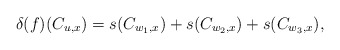
\begin{align*}\delta(f)(C_{u,x}) = s(C_{w_1,x})+s(C_{w_2,x})+s(C_{w_3,x}),\end{align*}